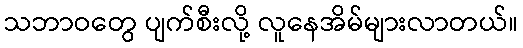
သဘာဝတွေ ပျက်စီးလို့ လူနေအိမ်များလာတယ်။